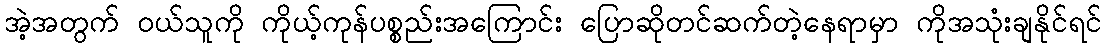
အဲ့အတွက် ၀ယ်သူကို ကိုယ့်ကုန်ပစ္စည်းအကြောင်း ပြောဆိုတင်ဆက်တဲ့နေရာမှာ ကိုအသုံးချနိုင်ရင်